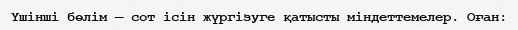
Үшінші бөлім — сот ісін жүргізуге қатысты міндеттемелер. Оған: